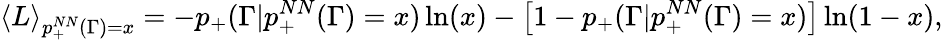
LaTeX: \left<L\right>_{p_{+}^{NN}(\Gamma)=x}=-p_{+}(\Gamma|p_{+}^{NN}(\Gamma)=x)\ln(x)-\left[1-p_{+}(\Gamma|p_{+}^{NN}(\Gamma)=x)\right]\ln(1-x),